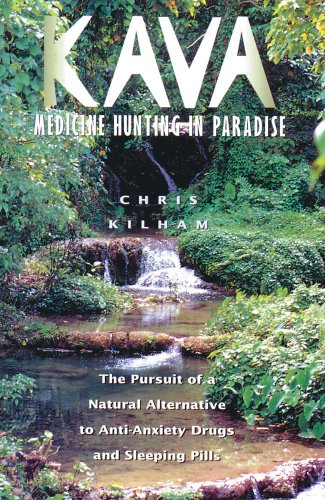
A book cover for Kava: Medicine Hunting in Paradise: The Pursuit of a Natural Alternative to Anti-Anxiety Drugs and Sleeping Pills; Christopher S. Kilham; Travel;